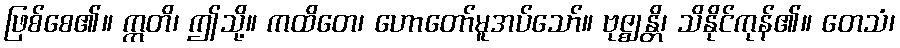
ဖြစ်စေ၏။ ဣတိ၊ ဤသို့။ ကထိတေ၊ ဟောတော်မူအပ်သော်။ ဗုဇ္ဈန္တိ၊ သိနိုင်ကုန်၏။ တေသံ၊